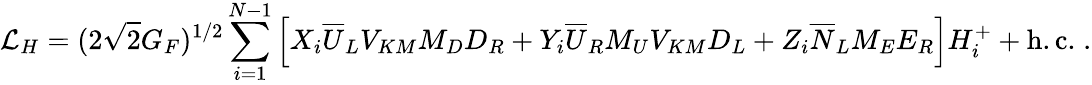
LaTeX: {\cal L}_{H}=(2\sqrt{2}G_{F})^{1/2}\sum_{i=1}^{N-1}\left[X_{i}\overline{{{U}}}_{L}V_{KM}M_{D}D_{R}+Y_{i}\overline{{{U}}}_{R}M_{U}V_{KM}D_{L}+Z_{i}\overline{{{N}}}_{L}M_{E}E_{R}\right]H_{i}^{+}+\mathrm{h.c.}\; .